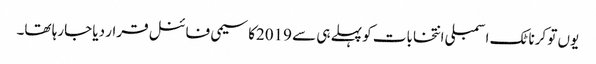
یوں تو کرناٹک اسمبلی انتخابات کو پہلے ہی سے 2019کا سیمی فائنل قرار دیا جارہا تھا۔